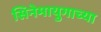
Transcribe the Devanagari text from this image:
सिनेमायुगाच्या